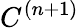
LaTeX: C^{(n+1)}